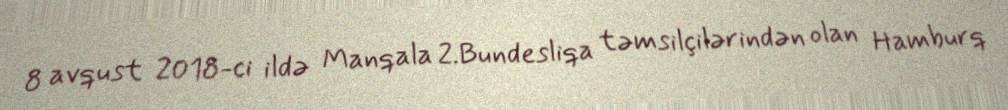
8 avqust 2018-ci ildə Manqala 2.Bundesliqa təmsilçilərindən olan Hamburq